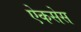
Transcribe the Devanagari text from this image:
ऐकसेस